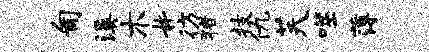
匍溪木#彷猪技仇芙噬薄